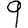
Digit: 9